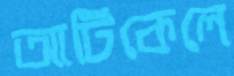
আর্টিকেলে